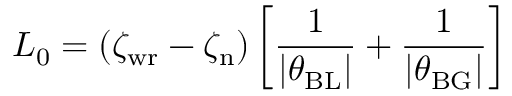
L _ { 0 } = ( \zeta _ { \mathrm { w r } } - \zeta _ { \mathrm { n } } ) \left[ \frac { 1 } { | \theta _ { \mathrm { B L } } | } + \frac { 1 } { | \theta _ { \mathrm { B G } } | } \right]